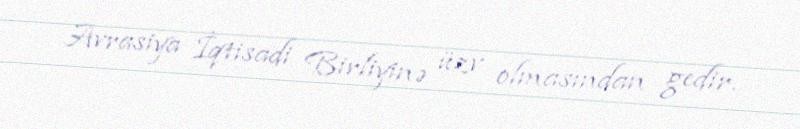
Avrasiya İqtisadi Birliyinə üzv olmasından gedir.